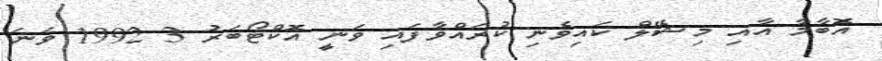
އޮބާމާ އާއި މިޝޭލް ކައިވެނި ކުރައްވާފައި ވަނީ އޮކްޓޯބަރު 3 1992 ވަނަ